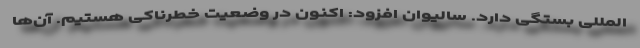
المللی بستگی دارد. سالیوان افزود: اکنون در وضعیت خطرناکی هستیم. آن‌ها